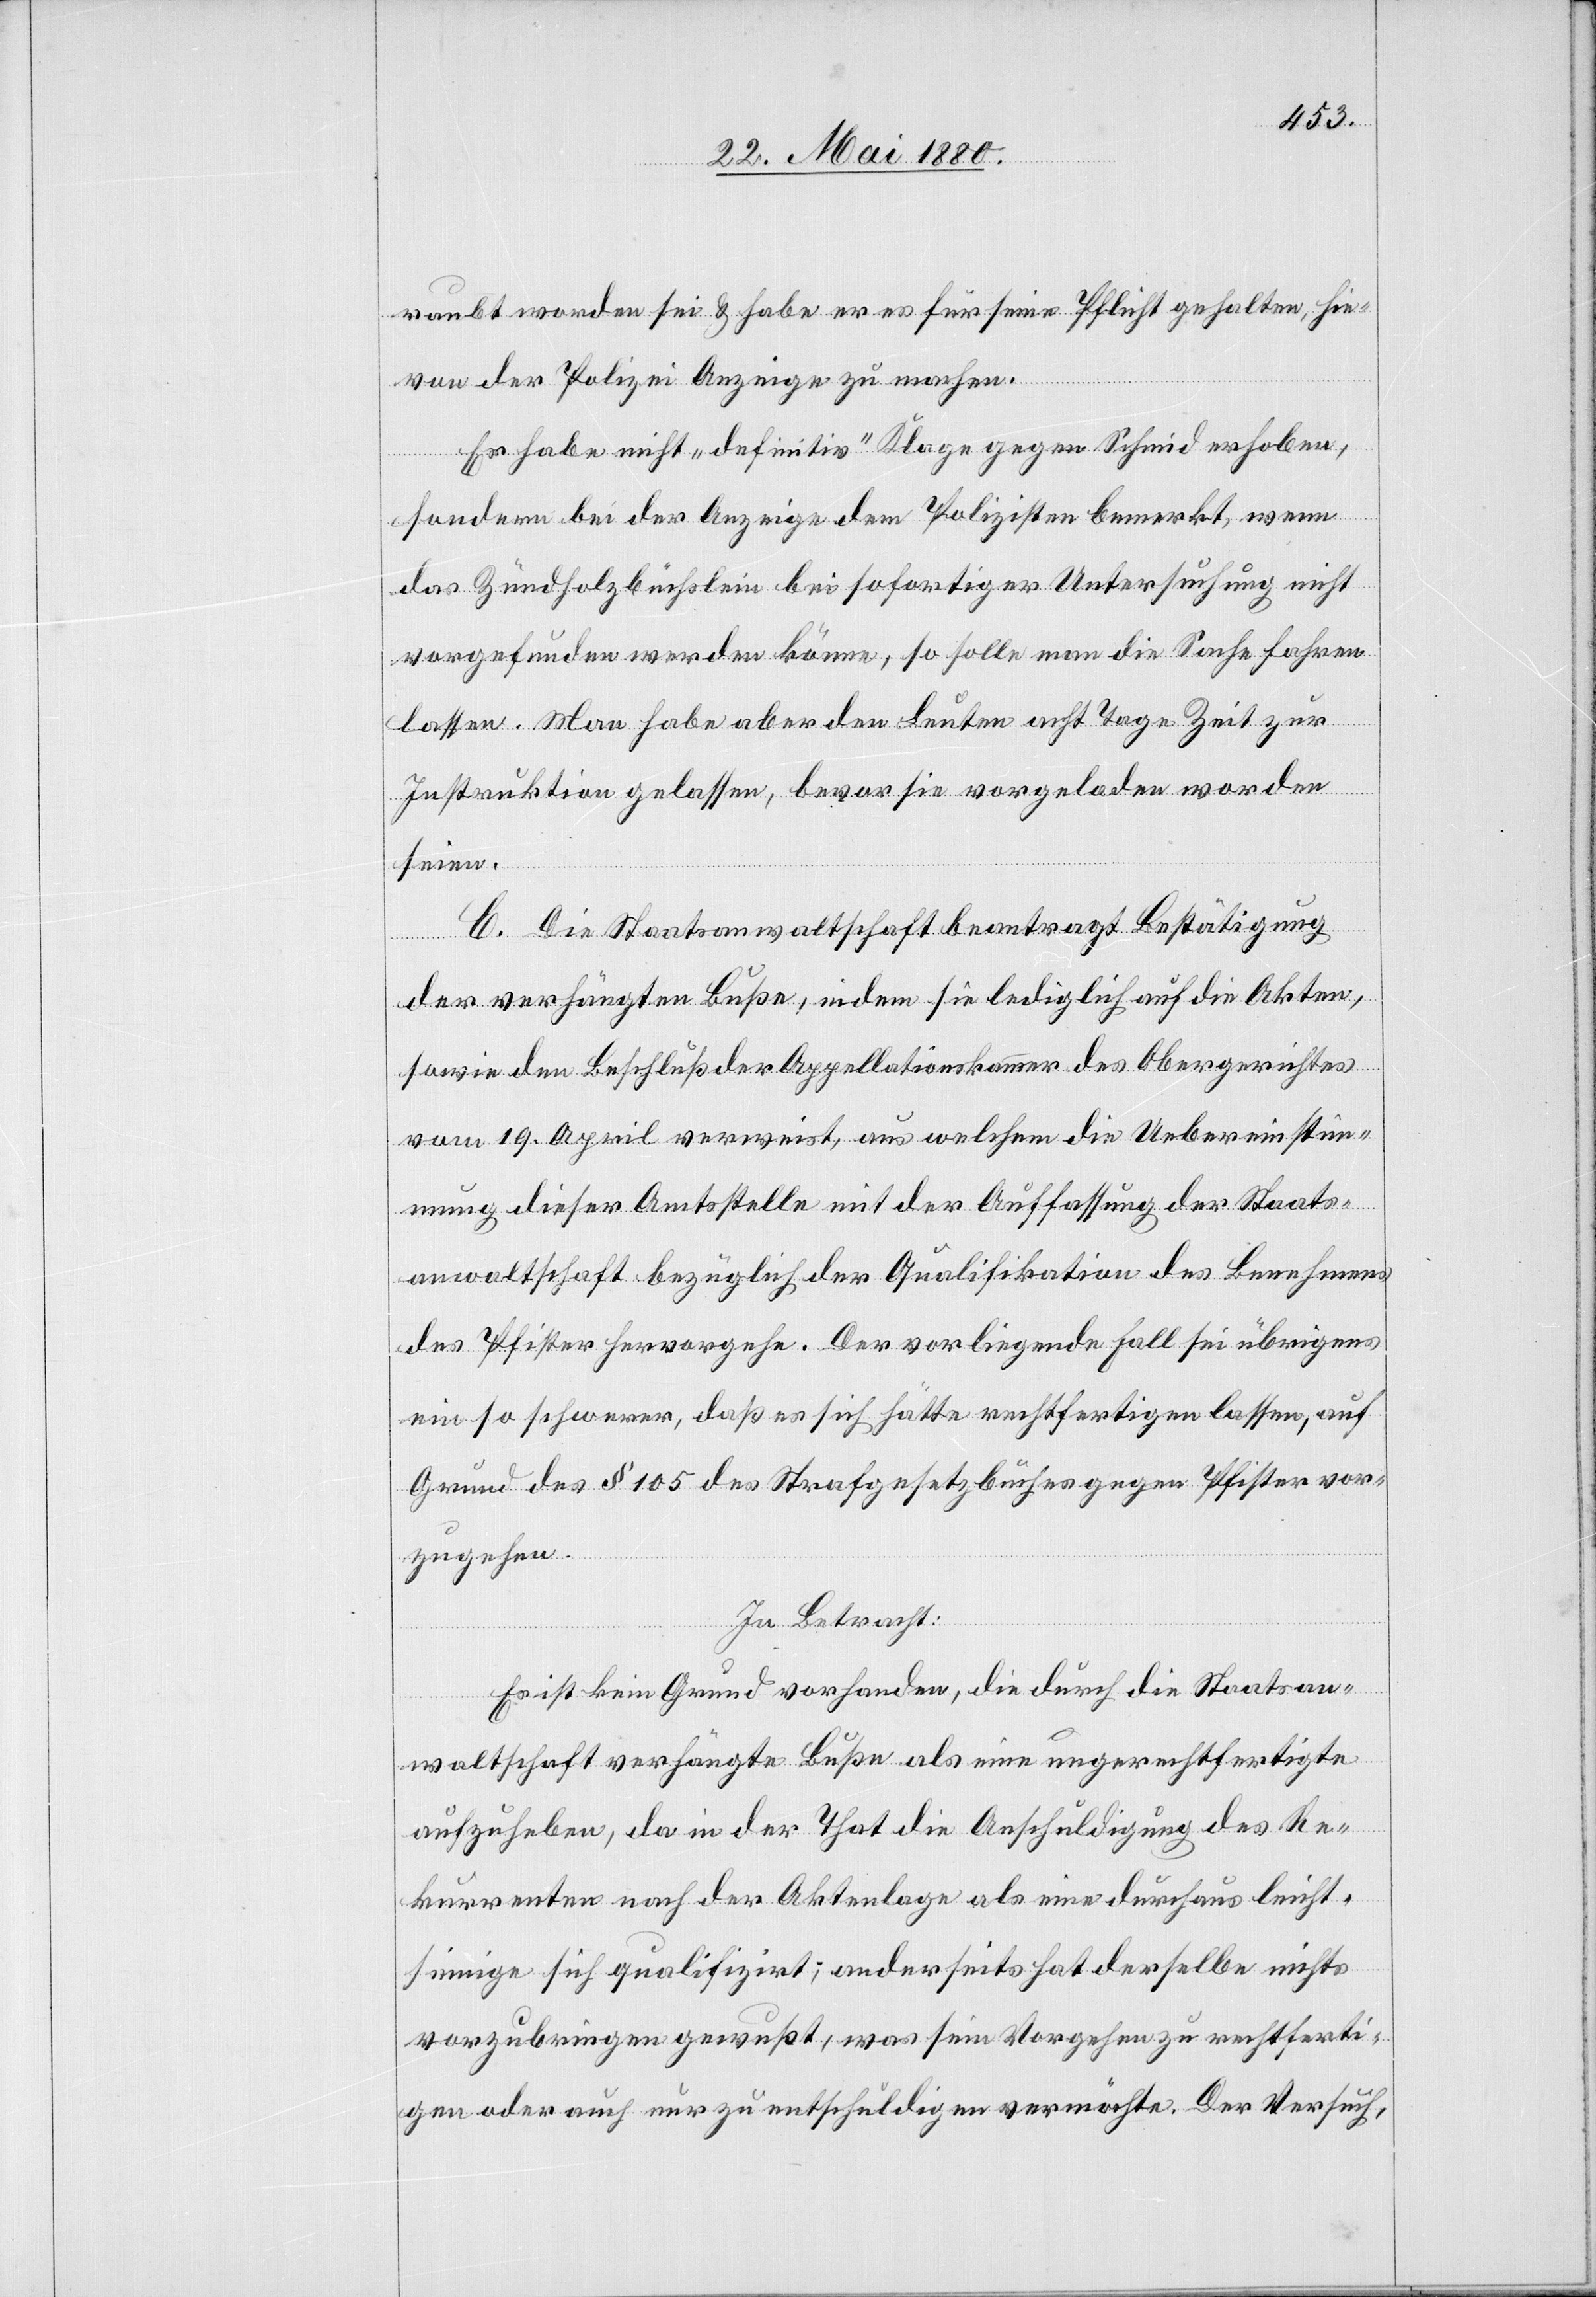
raubt worden sei & habe er es für seine Pflicht gehalten, hie¬
von der Polizei Anzeige zu machen.
Er habe nicht „definitiv“ Klage gegen Schmid erhoben,
sondern bei der Anzeige dem Polizisten bemerkt, wenn
das Zündholzbüchslein bei sofortiger Untersuchung nicht
vorgefunden werden könne, so solle man die Sache fahren
lassen. Man habe aber den Leuten acht Tage Zeit zur
Instruktion gelassen, bevor sie vorgeladen worden
seien.
C. Die Staatsanwaltschaft beantragt Bestätigung
der verhängten Buße, indem sie lediglich auf die Akten,
sowie den Beschluß der Appellationskammer des Obergerichtes
vom 19. April verweist, aus welchem die Uebereinstim¬
mung dieser Amtsstelle mit der Auffassung der Staats¬
anwaltschaft bezüglich der Qualifikation des Benehmens
des Pfister hervorgehe. Der vorliegende Fall sei übrigens
ein so schwerer, daß es sich hätte rechtfertigen lassen, auf
Grund des § 105 des Strafgesetzbuches gegen Pfister vor¬
zugehen.
In Betracht:
Es ist kein Grund vorhanden, die durch die Staatsan¬
waltschaft verhängte Buße als eine ungerechtfertigte
aufzuheben, da in der That die Anschuldigung des Re¬
kurrenten nach der Aktenlage als eine durchaus leicht¬
sinnige sich qualifizirt; anderseits hat derselbe nichts
vorzubringen gewußt, was sein Vorgehen zu rechtferti¬
gen oder auch nur zu entschuldigen vermöchte. Der Versuch,